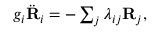
\begin{array} { r } { g _ { i } \ddot { \bf R } _ { i } = - \sum _ { j } \lambda _ { i j } { \bf R } _ { j } , } \end{array}